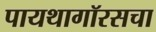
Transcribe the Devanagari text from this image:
पायथागॉरसचा